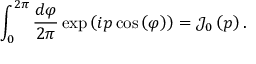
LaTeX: \int _ { 0 } ^ { 2 \pi } { \frac { d \varphi } { 2 \pi } } \exp \left( i p \cos \left( \varphi \right) \right) = { \mathcal { J } } _ { 0 } \left( p \right) .